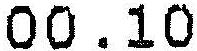
00.10